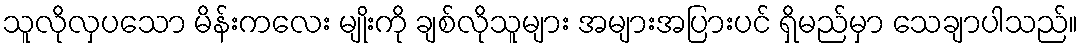
သူလိုလှပသော မိန်းကလေး မျိုးကို ချစ်လိုသူများ အများအပြားပင် ရှိမည်မှာ သေချာပါသည်။